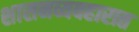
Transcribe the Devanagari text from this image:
शासनव्यवहारात